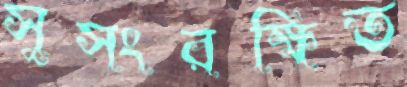
সুসংরক্ষিত